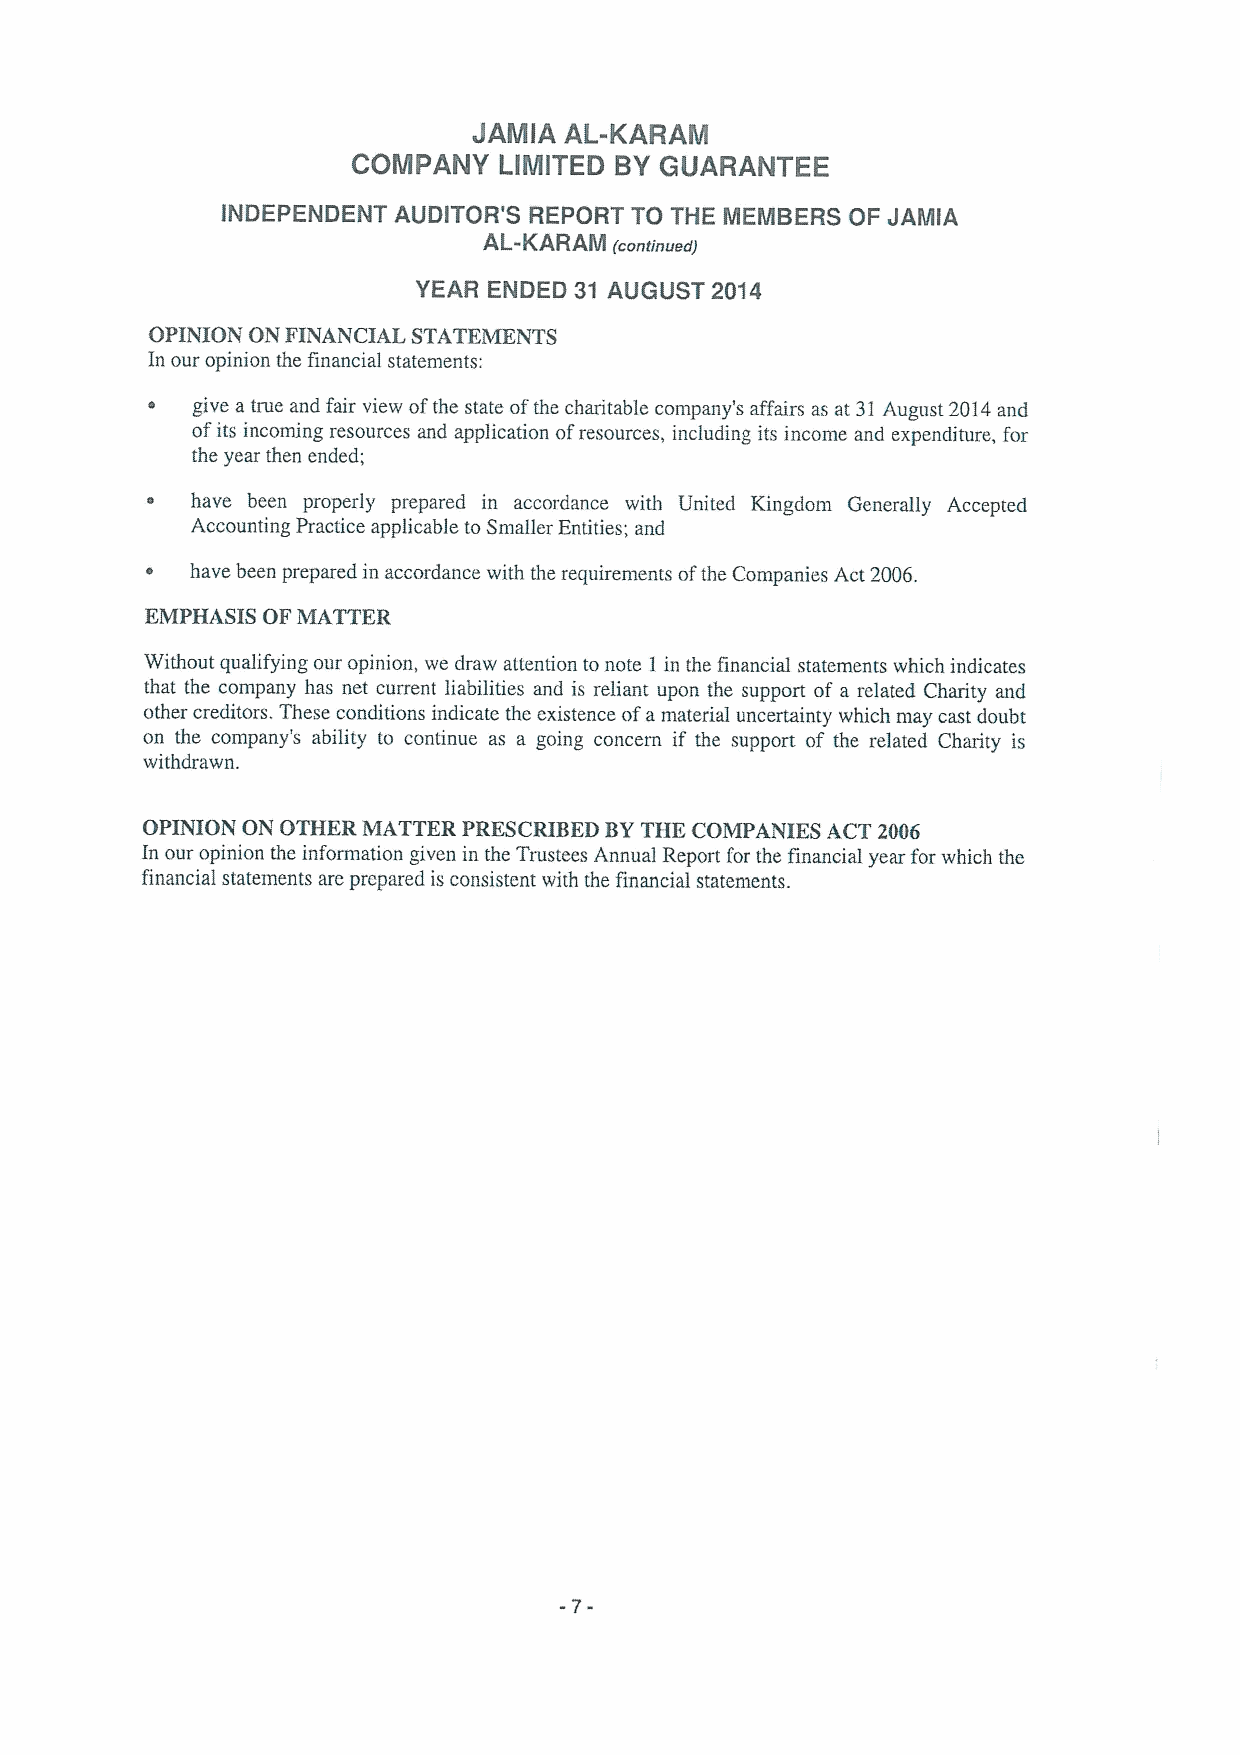
JAMIA AL-KARAM
 COMPANY   LIMITED BYGUARANTEE
 INDEPENDENT AUDITOR'S REPORT TO THE MEMBERS OF JAMIA
 AL-KARAM (continued)
 YEAR ENDED 31 AUGUST 2014
 OPINION ON FINANCIAL STATEMENTS
 In our opinion the financial statements:
 ~  give a true and fair view ofthe state ofthe charitable company's affairs as at 31August 2014and
 ofits incoming resources and application ofresources, including its income and expenditure, for
 the year then ended;
 have been properly prepared in accordance with United Kingdoni Generally Accepted
 Accounting Practice applicable to Smaller Entities; and
 ~  have been prepared in accordance with the requirements ofthe Companies Act 2006.
 EMPHASIS OF MATTER
 Without qualifying our opinion, we draw attention to note 1in the financial statements which indicates
 that the company has net current liabilities and is reliant upon the support of a related Charity and
 other creditors. These conditions indicate the existence ofamaterial uncertainty which may cast doubt
 on the company's ability to continue as a going concern if the support of the related Charity is
 withdrawn.
 OPINION ON OTHER MATTER PRESCRIBED BYTHE COMPANIES ACT 2006
 In our opinion the information given in the Trustees Annual Report for the financial year for which the
 financial statements are prepared is consistent with the financial statements.
 -7-